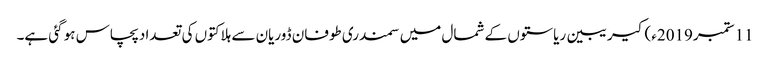
11 ستمبر2019ء) کیریبین ریاستوں کے شمال میں سمندری طوفان ڈوریان سے ہلاکتوں کی تعداد پچاس ہو گئی ہے۔